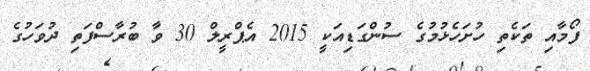
ފޯމާއި ތަކެތި ހުށަހެޅުމުގެ ސުންގަޑިއަކީ 2015 އެޕްރީލް 30 ވާ ބުރާސްފަތި ދުވަހުގެ